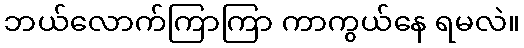
ဘယ်လောက်ကြာကြာ ကာကွယ်နေ ရမလဲ။